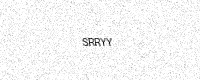
Text: SRRYY